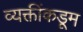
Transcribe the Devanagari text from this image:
व्यक्तींकडूम